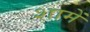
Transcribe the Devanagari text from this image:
शामें